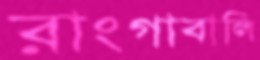
রাংগাবালি